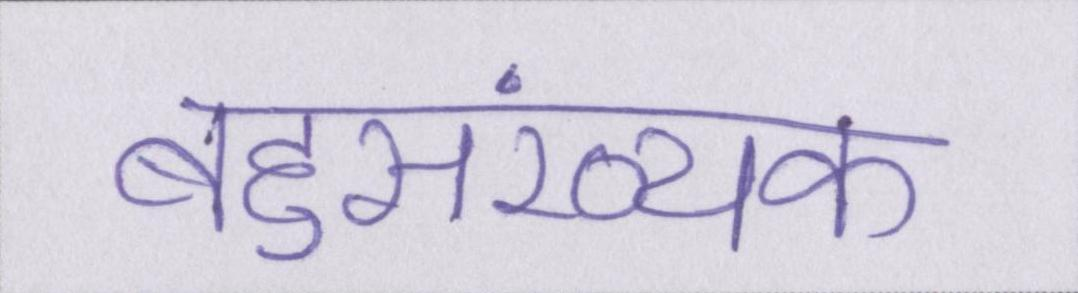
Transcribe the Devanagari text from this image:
बहुसंख्यक